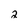
Character: 2